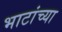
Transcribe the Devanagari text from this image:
भाटांच्या